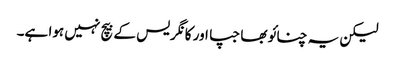
لیکن یہ چنائو بھاجپا اور کانگریس کے بیچ نہیں ہوا ہے۔